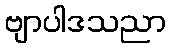
ဗျာပါဒသညာ